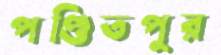
পণ্ডিতপুর